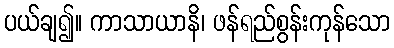
ပယ်ချ၍။ ကာသာယာနိ၊ ဖန်ရည်စွန်းကုန်သော